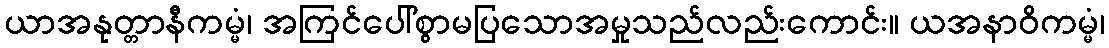
ယာအနုတ္တာနီကမ္မံ၊ အကြင်ပေါ်စွာမပြသောအမှုသည်လည်းကောင်း။ ယအနာဝိကမ္မံ၊